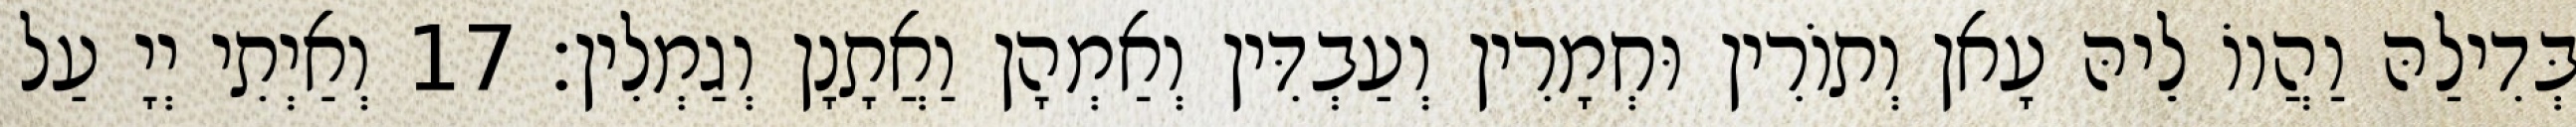
בְּדִילַהּ וַהֲווֹ לֵיהּ עָאן וְתוֹרִין וּחְמָרִין וְעַבְדִּין וְאַמְהָן וַאֲתָנָן וְגַמְלִין׃ 17 וְאַיְתִי יְיָ עַל